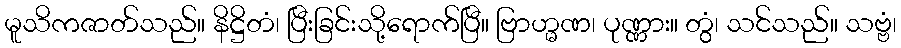
မူသိကဇာတ်သည်။ နိဋ္ဌိတံ၊ ပြီးခြင်းသို့ရောက်ပြီ။ ဗြာဟ္မဏ၊ ပုဏ္ဏား။ တွံ၊ သင်သည်။ သဗ္ဗံ၊